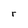
Character: r